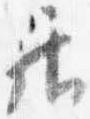
居